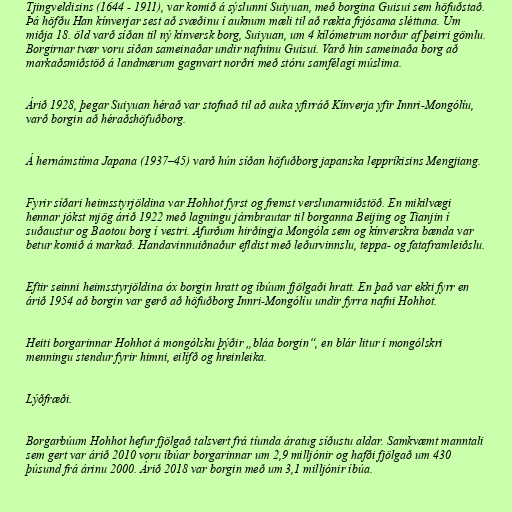
Tjingveldisins (1644 - 1911), var komið á sýslunni Suiyuan, með borgina Guisui sem höfuðstað.
Þá höfðu Han kínverjar sest að svæðinu í auknum mæli til að rækta frjósama sléttuna. Um
miðja 18. öld varð síðan til ný kínversk borg, Suiyuan, um 4 kílómetrum norður af þeirri gömlu.
Borgirnar tvær voru síðan sameinaðar undir nafninu Guisui. Varð hin sameinaða borg að
markaðsmiðstöð á landmærum gagnvart norðri með stóru samfélagi múslima.

Árið 1928, þegar Suiyuan hérað var stofnað til að auka yfirráð Kínverja yfir Innri-Mongólíu,
varð borgin að héraðshöfuðborg.

Á hernámstíma Japana (1937–45) varð hún síðan höfuðborg japanska leppríkisins Mengjiang.

Fyrir síðari heimsstyrjöldina var Hohhot fyrst og fremst verslunarmiðstöð. En mikilvægi
hennar jókst mjög árið 1922 með lagningu járnbrautar til borganna Beijing og Tianjin í
suðaustur og Baotou borg í vestri. Afurðum hirðingja Mongóla sem og kínverskra bænda var
betur komið á markað. Handavinnuiðnaður efldist með leðurvinnslu, teppa- og fataframleiðslu.

Eftir seinni heimsstyrjöldina óx borgin hratt og íbúum fjölgaði hratt. En það var ekki fyrr en
árið 1954 að borgin var gerð að höfuðborg Innri-Mongólíu undir fyrra nafni Hohhot.

Heiti borgarinnar Hohhot á mongólsku þýðir „bláa borgin“, en blár litur í mongólskri
menningu stendur fyrir himni, eilífð og hreinleika.

Lýðfræði.

Borgarbúum Hohhot hefur fjölgað talsvert frá tíunda áratug síðustu aldar. Samkvæmt manntali
sem gert var árið 2010 voru íbúar borgarinnar um 2,9 milljónir og hafði fjölgað um 430
þúsund frá árinu 2000. Árið 2018 var borgin með um 3,1 milljónir íbúa.